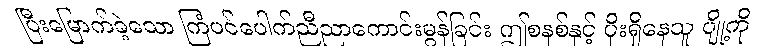
ပြီးမြောက်ခဲ့သော ကြံပင်ပေါက်ညီညာကောင်းမွန်ခြင်း ဤစနစ်နှင့် ပိုးရှိနေသူ ပျို့ကို